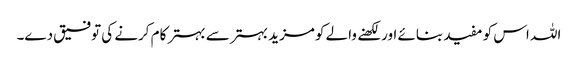
اللہ اس کو مفید بنائے اور لکھنے والے کو مزید بہتر سے بہتر کام کرنے کی توفیق دے۔